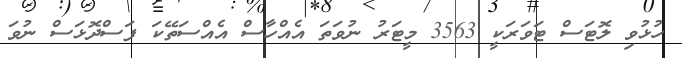
ހުޅުވި ލޮޓަސް ޓަވަރަކީ 3563 މީޓަރު ނުވަތަ އެއްހާސް އެއްސަތޭކަ ފަސްދޮޅަސް ނުވަ